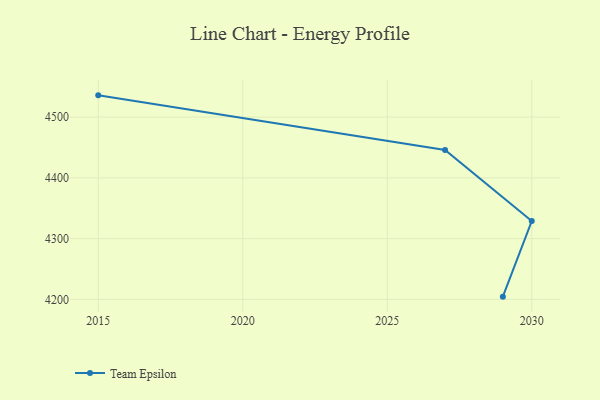
{"axis": {"x": "Year", "y": "Temperature (°C)"}, "legend": ["Team Epsilon"], "data": [{"x": "2015", "y": 4535.8, "type": "Team Epsilon"}, {"x": "2027", "y": 4445.8, "type": "Team Epsilon"}, {"x": "2030", "y": 4329.0, "type": "Team Epsilon"}, {"x": "2029", "y": 4204.5, "type": "Team Epsilon"}]}